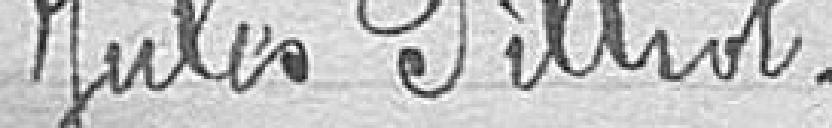
Jules Pilliot